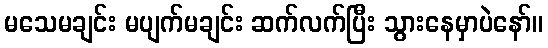
မသေမချင်း မပျက်မချင်း ဆက်လက်ပြီး သွားနေမှာပဲနော်။